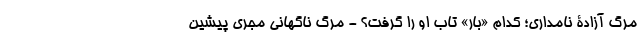
مرگ آزادۀ نامداری؛ کدام «بار» تاب او را گرفت؟ - مرگ ناگهانی مجری پیشین